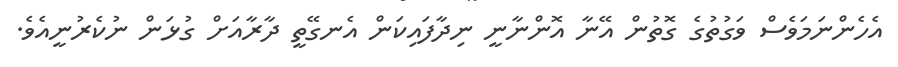
އެހެންނަމަވެސް ވަގުތުގެ ގޮތުން އޭނާ އޮންނާނީ ނިދާފައިކަން އެނގޭތީ ދާރާއަށް ގުޅަން ނުކެރުނީއެވެ.